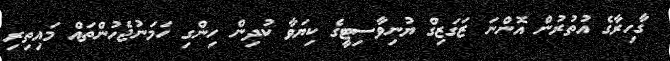
ގާހިރާގެ އުތުރުން އޮންނަ ޒަގަޒިގް ޔުނިވާސިޓީގެ ކިޔަވާ ކުދިން ހިންގި ހަމަނުޖެހުންތައް މައިތިރި